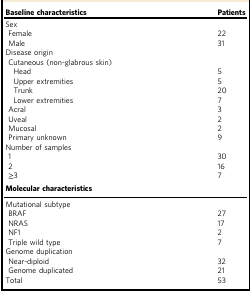
<table><thead><tr><td><b>Baseline characteristics</b></td><td><b>Patients</b></td></tr></thead><tbody><tr><td>Sex</td><td></td></tr><tr><td> Female</td><td>22</td></tr><tr><td> Male</td><td>31</td></tr><tr><td>Disease origin</td><td></td></tr><tr><td> Cutaneous (non-glabrous skin)</td><td></td></tr><tr><td>Head</td><td>5</td></tr><tr><td>Upper extremities</td><td>5</td></tr><tr><td>Trunk</td><td>20</td></tr><tr><td>Lower extremities</td><td>7</td></tr><tr><td> Acral</td><td>3</td></tr><tr><td> Uveal</td><td>2</td></tr><tr><td> Mucosal</td><td>2</td></tr><tr><td> Primary unknown</td><td>9</td></tr><tr><td>Number of samples</td><td></td></tr><tr><td> 1</td><td>30</td></tr><tr><td> 2</td><td>16</td></tr><tr><td> ≥3</td><td>7</td></tr><tr><td colspan="2"><b>Molecular characteristics</b></td></tr><tr><td>Mutational subtype</td><td></td></tr><tr><td> BRAF</td><td>27</td></tr><tr><td> NRAS</td><td>17</td></tr><tr><td> NF1</td><td>2</td></tr><tr><td> Triple wild type</td><td>7</td></tr><tr><td>Genome duplication</td><td></td></tr><tr><td> Near-diploid</td><td>32</td></tr><tr><td> Genome duplicated</td><td>21</td></tr><tr><td>Total</td><td>53</td></tr></tbody></table>